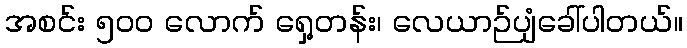
အစင်း ၅၀၀ လောက် ရှေ့တန်း၊ လေယာဉ်ပျံခေါ်ပါတယ်။